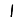
Digit: 1